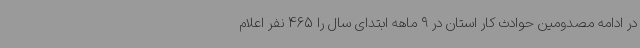
در ادامه مصدومین حوادث کار استان در 9 ماهه ابتدای سال را 465 نفر اعلام